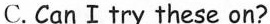
C. Can I try these on?